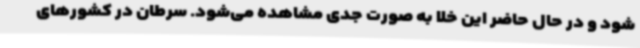
شود و در حال حاضر این خلا به صورت جدی مشاهده می‌شود. سرطان در کشورهای